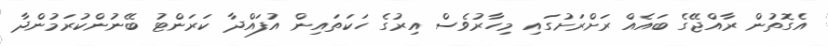
އެގޮތުން ރާއްޖޭގެ ބައެއް ރަށްރަށުގައި މިހާރުވެސް އިރުގެ ހަކަތައިން އުފައްދާ ކަރަންޓު ބޭނުންކުރަމުންދާ